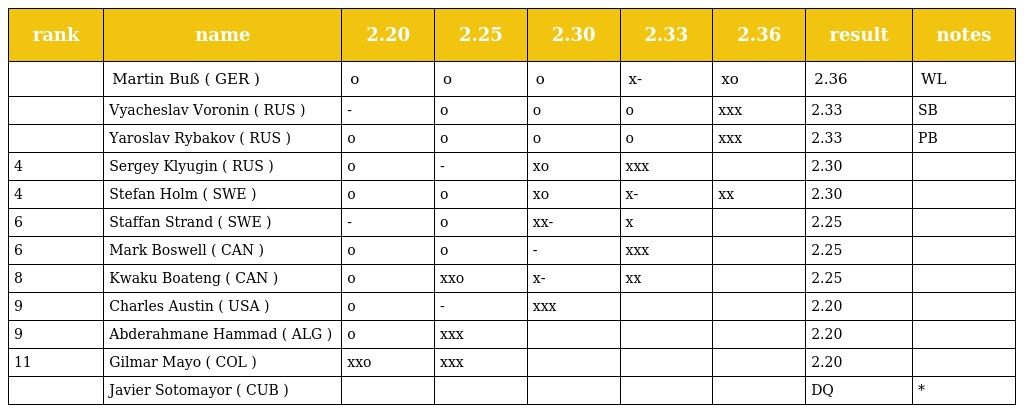
| rank | name | 2.20 | 2.25 | 2.30 | 2.33 | 2.36 | result | notes |
 | --- | --- | --- | --- | --- | --- | --- | --- | --- |
 |  | Martin Buß ( GER ) | o | o | o | x- | xo | 2.36 | WL |
 |  | Vyacheslav Voronin ( RUS ) | - | o | o | o | xxx | 2.33 | SB |
 |  | Yaroslav Rybakov ( RUS ) | o | o | o | o | xxx | 2.33 | PB |
 | 4 | Sergey Klyugin ( RUS ) | o | - | xo | xxx |  | 2.30 |  |
 | 4 | Stefan Holm ( SWE ) | o | o | xo | x- | xx | 2.30 |  |
 | 6 | Staffan Strand ( SWE ) | - | o | xx- | x |  | 2.25 |  |
 | 6 | Mark Boswell ( CAN ) | o | o | - | xxx |  | 2.25 |  |
 | 8 | Kwaku Boateng ( CAN ) | o | xxo | x- | xx |  | 2.25 |  |
 | 9 | Charles Austin ( USA ) | o | - | xxx |  |  | 2.20 |  |
 | 9 | Abderahmane Hammad ( ALG ) | o | xxx |  |  |  | 2.20 |  |
 | 11 | Gilmar Mayo ( COL ) | xxo | xxx |  |  |  | 2.20 |  |
 |  | Javier Sotomayor ( CUB ) |  |  |  |  |  | DQ | * |